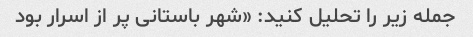
جمله زیر را تحلیل کنید: «شهر باستانی پر از اسرار بود